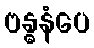
ဗန္ဓနံပေ